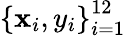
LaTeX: \left\{ \mathbf{x}_{i},y_{i}\right\} _{i=1}^{12}